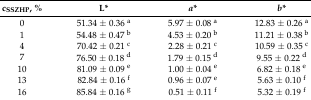
<table><thead><tr><td><b>c<sub>SSZHP</sub>, %</b></td><td><b>L*</b></td><td><b><i>a</i>*</b></td><td><b><i>b</i>*</b></td></tr></thead><tbody><tr><td>0</td><td>51.34 ± 0.36 <sup>a</sup></td><td>5.97 ± 0.08 <sup>a</sup></td><td>12.83 ± 0.26 <sup>a</sup></td></tr><tr><td>1</td><td>54.48 ± 0.47 <sup>b</sup></td><td>4.53 ± 0.20 <sup>b</sup></td><td>11.21 ± 0.38 <sup>b</sup></td></tr><tr><td>4</td><td>70.42 ± 0.21 <sup>c</sup></td><td>2.28 ± 0.21 <sup>c</sup></td><td>10.59 ± 0.35 <sup>c</sup></td></tr><tr><td>7</td><td>76.50 ± 0.18 <sup>d</sup></td><td>1.79 ± 0.15 <sup>d</sup></td><td>9.55 ± 0.22 <sup>d</sup></td></tr><tr><td>10</td><td>81.09 ± 0.09 <sup>e</sup></td><td>1.00 ± 0.04 <sup>e</sup></td><td>6.82 ± 0.18 <sup>e</sup></td></tr><tr><td>13</td><td>82.84 ± 0.16 <sup>f</sup></td><td>0.96 ± 0.07 <sup>e</sup></td><td>5.63 ± 0.10 <sup>f</sup></td></tr><tr><td>16</td><td>85.84 ± 0.16 <sup>g</sup></td><td>0.51 ± 0.11 <sup>f</sup></td><td>5.32 ± 0.19 <sup>f</sup></td></tr></tbody></table>